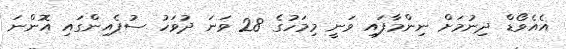
އެއެވޯޑް ދިނުމަށް ނިންމާފައި ވަނީ މިމަހުގެ 28 ވަނަ ދުވަހު ސުޕެއިންގައި އޮންނަ